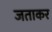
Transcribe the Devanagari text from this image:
जताकर